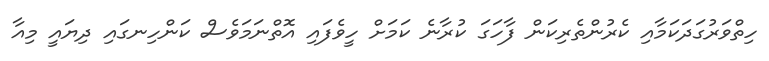
ހިތްވަރުގަދަކަމާއި ކެރުންތެރިކަން ފާހަގަ ކުރާނެ ކަމަށް ހީވެފައި އޮތްނަމަވެސް ކަންހިނގައި ދިޔައީ މިއާ